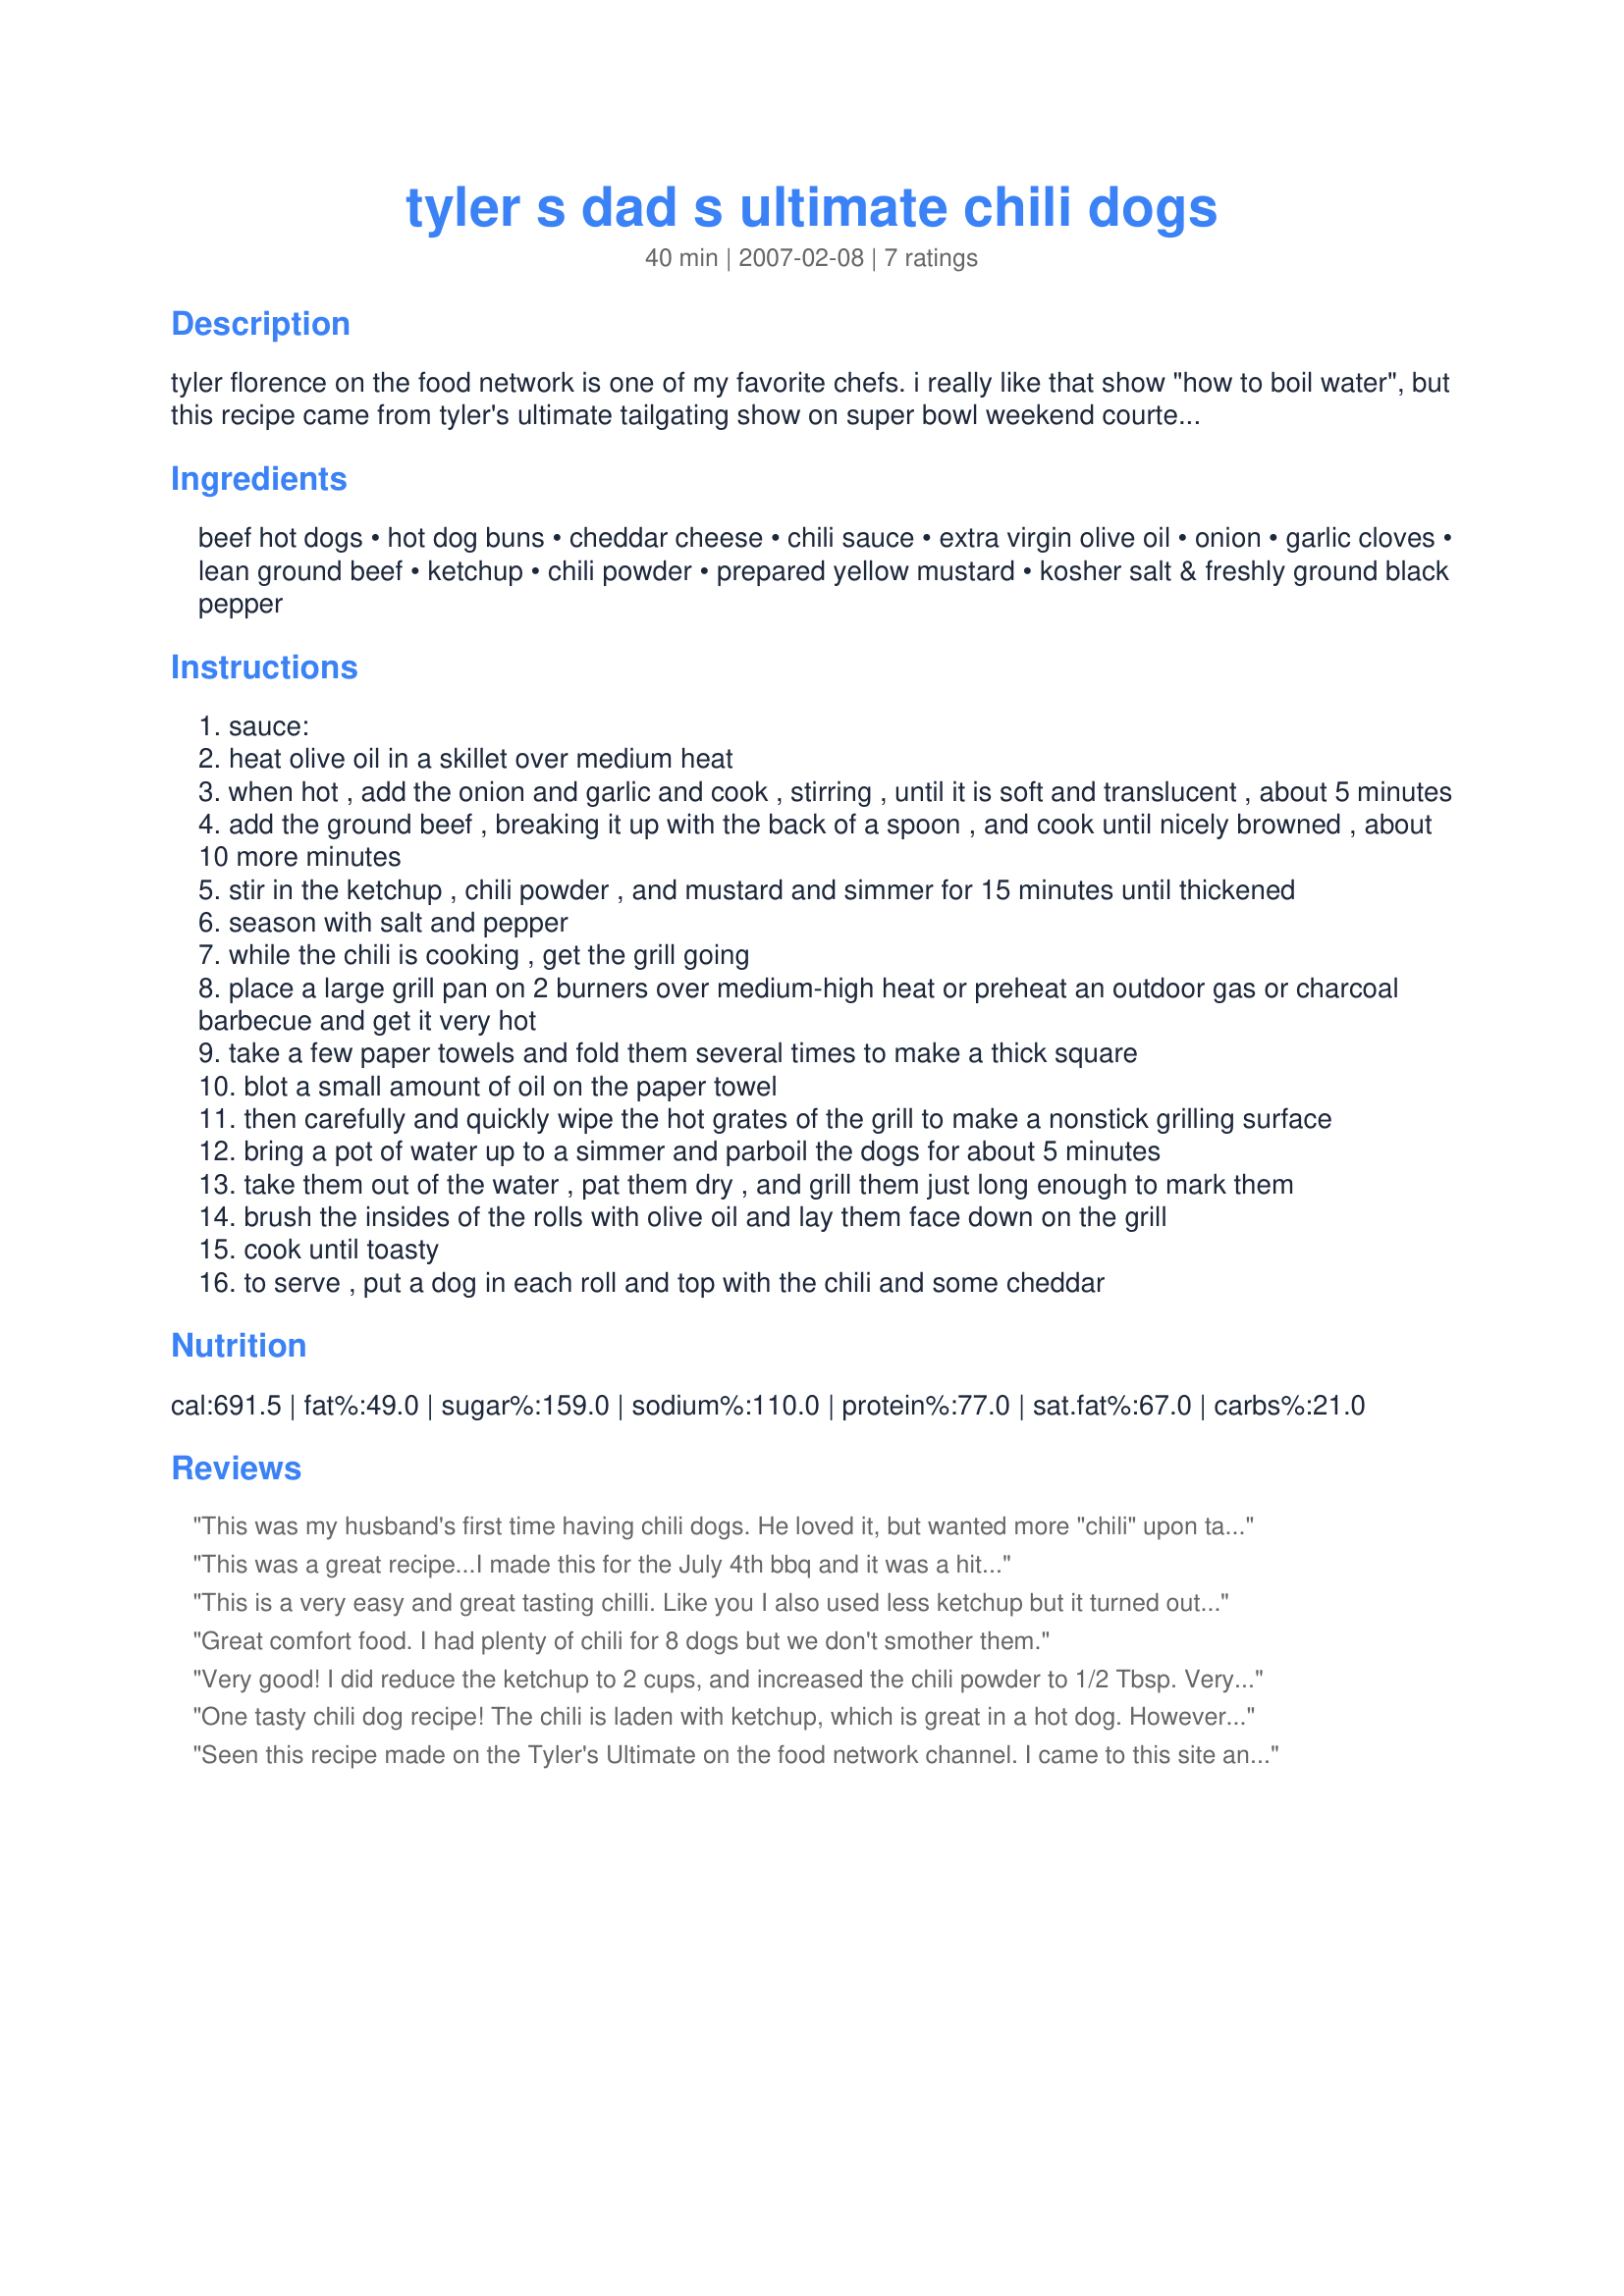
tyler s dad s ultimate chili dogs
Preparation time: 40 minutes

tyler florence on the food network is one of my favorite chefs. i really like that show "how to boil water", but this recipe came from tyler's ultimate tailgating show on super bowl weekend courtesy of his dad. it looked absolutely divine and i love love love chili dogs, chili fries, and chili and cheese wraps. the ingredients and prep are simple and i have all the ingredients on hand usually.

Ingredients:
beef hot dogs, hot dog buns, cheddar cheese, chili sauce, extra virgin olive oil, onion, garlic cloves, lean ground beef, ketchup, chili powder, prepared yellow mustard, kosher salt & freshly ground black pepper

Steps:
sauce:
heat olive oil in a skillet over medium heat
when hot , add the onion and garlic and cook , stirring , until it is soft and translucent , about 5 minutes
add the ground beef , breaking it up with the back of a spoon , and cook until nicely browned , about 10 more minutes
stir in the ketchup , chili powder , and mustard and simmer for 15 minutes until thickened
season with salt and pepper
while the chili is cooking , get the grill going
place a large grill pan on 2 burners over medium-high heat or preheat an outdoor gas or charcoal barbecue and get it very hot
take a few paper towels and fold them several times to make a thick square
blot a small amount of oil on the paper towel
then carefully and quickly wipe the hot grates of the grill to make a nonstick grilling surface
bring a pot of water up to a simmer and parboil the dogs for about 5 minutes
take them out of the water , pat them dry , and grill them just long enough to mark them
brush the insides of the rolls with olive oil and lay them face down on the grill
cook until toasty
to serve , put a dog in each roll and top with the chili and some cheddar

Reviews:
This was my husband's first time having chili dogs. He loved it, but wanted more "chili" upon tasting, so I added more powder. There was a LOT of ketchup in this...I would use less next time. Thanks for this easy recipe.
This was a great recipe...I made this for the July 4th bbq and it was a hit...
This is a very easy and great tasting chilli. Like you I also used less ketchup but it turned out great.
Great comfort food. I had plenty of chili for 8 dogs but we don't smother them.
Very good! I did reduce the ketchup to 2 cups, and increased the chili powder to 1/2 Tbsp. Very easy recipe, will definitely be making this again.
One tasty chili dog recipe! The chili is laden with ketchup, which is great in a hot dog. However, I only used 1 1/2 cup and it still tasted like there was plenty of it. Well, there was plenty of chili all in all, I only managed to stuff 1/2 of it to the hot dogs, but who cares? Left over chili never hangs long in the fridge!
Seen this recipe made on the Tyler's Ultimate on the food network channel. I came to this site and found the recipe. My hubby and I enjoyed the chili dogs. I added a dash of sugar to the chili and a dash of smoked paprika. Turned out delicious!! Thanks for sharing :)
